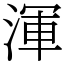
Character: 渾